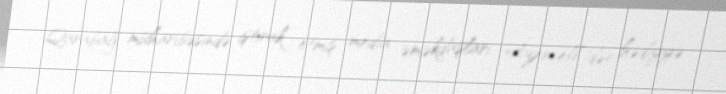
Qarabağ müharibəsində iştirak etmiş media əməkdaşları Azercell-dən hədiyyə